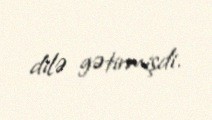
dilə gətirmişdi.